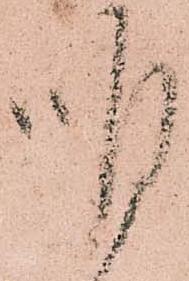
明